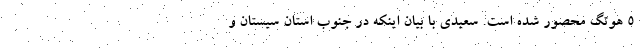
۵ هوتگ محصور شده است. سعیدی با بیان اینکه در جنوب استان سیستان و